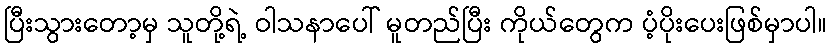
ပြီးသွားတော့မှ သူတို့ရဲ့ ဝါသနာပေါ် မူတည်ပြီး ကိုယ်တွေက ပံ့ပိုးပေးဖြစ်မှာပါ။